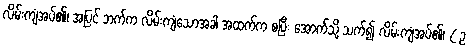
လိမ်းကျံအပ်၏၊ အပြင် ဘက်က လိမ်းကျံသောအခါ အထက်က စပြီး အောက်သို့ သက်၍ လိမ်းကျံအပ်၏၊ ( ဥ